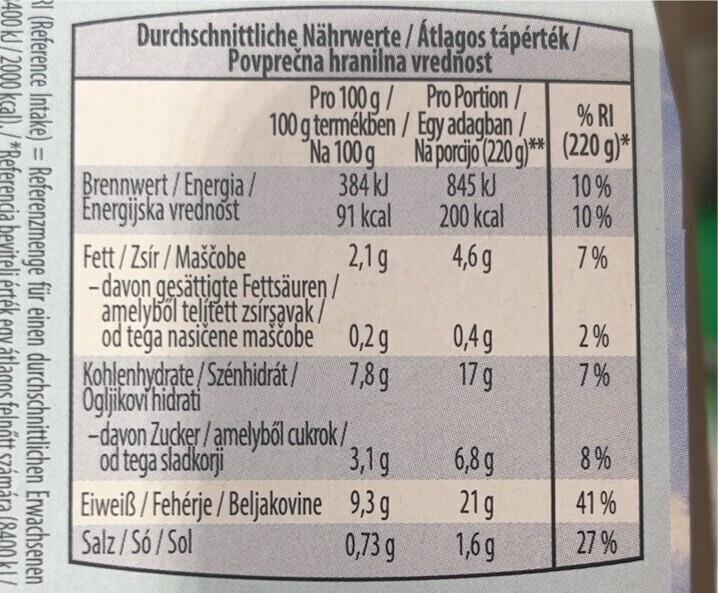
400 kJ/2000 kcal)./*Referencia beviteli érték egy átlagos felnőtt számára (8400 kl/
RI (Reference Intake) = Referenzmenge für einen
durchschnittlichen
Erwachsenen
Durchschnittliche Nährwerte/ Átlagos tápérték/ Povprečna hranilna vrednost
Brennwert/Energia/ Energijska vrednost
100
Fett/Zsír/Maščobe -davon gesättigte Fettsäuren/ amelyből telített zsírsavak / od tega nasičene maščobe
-davon od tega sladkorji
Kohlenhydrate/Szénhidrát/ Ogljikovi hidrati
Zucker/amelyből
Pro 100 g/ Pro Portion / g termékben / Egy adagban / Na 100 g Na porcijo (220 g)** 384 kJ
845 kJ
91 kcal
200 kcal
2,1g
4,6 g
Eiweiß/Fehérje Salz/Só/Sol
0,2 g
7,8g
cukrok/
/Beljakovine
3,1 g
9,3g
0,73 g
0,4 g
17 g
6,8 g
21 g
1,6g
% RI
(220 g)*
10%
10%
7%
2%
7%
8%
41%
27%